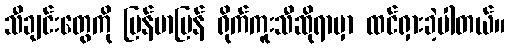
သီချင်းတွေကို မြန်မာပြန် ရိုက်ကူးသီဆိုရာမှာ ထင်ရှားခဲ့ပါတယ်။